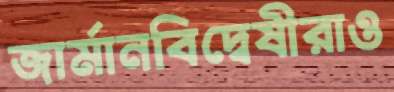
জার্মানবিদ্বেষীরাও